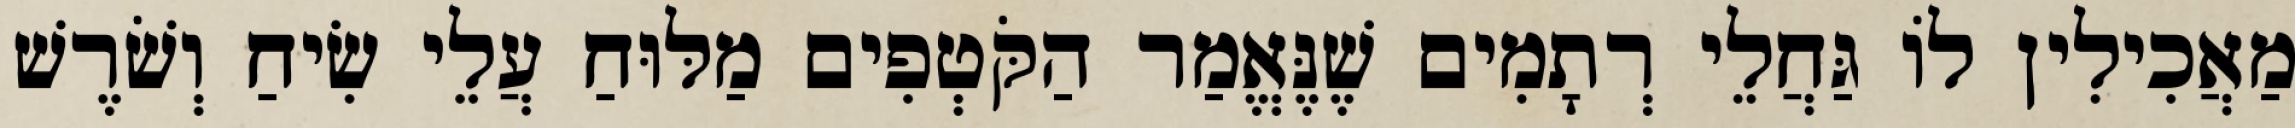
מַאֲכִילִין לוֹ גַּחֲלֵי רְתָמִים שֶׁנֶּאֱמַר הַקֹּטְפִים מַלּוּחַ עֲלֵי שִׂיחַ וְשֹׁרֶשׁ